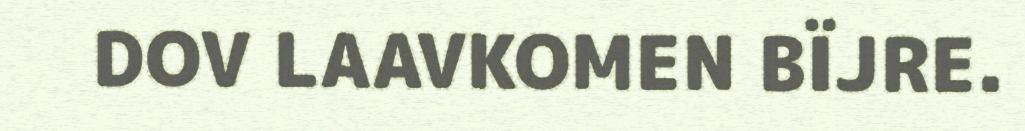
DOV LAAVKOMEN BÏJRE.